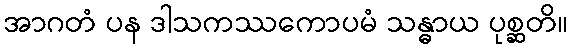
အာဂတံ ပန ဒါသကဿကောပမံ သန္ဓာယ ပုစ္ဆတိ။